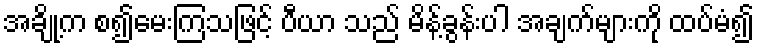
အချို့က စ၍မေးကြသဖြင့် ပီယာ သည် မိန့်ခွန်းပါ အချက်များကို ထပ်မံ၍